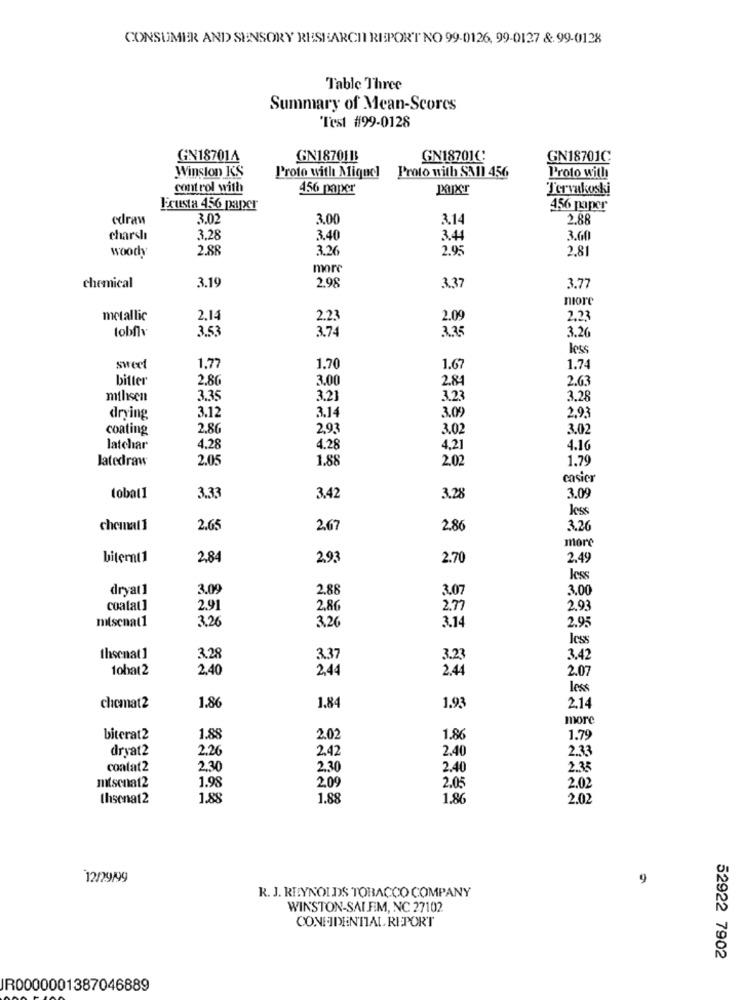
CONSUMER AND SENSORY RESEARCH REPORT NO 99-0126, 99-0127 & 99-0128
Table Three
Summary of Mean-Scores
Test #99-0128
GN187014
GN1870113
GN18701C:
GN18701C
Winston KS
Proto with Mignel
Proto with SAI1 456
Proto with
control with
456 paper
Tervakoski
Frusta 456 paper
456 paper
edraw
3.02
3.00
3.14
2.86
charshı
3,28
3.40
3.44
3.00
2.88
3.26
2.95
2,81
wooch
more
chemical
3.19
2.98
3.37
3.77
more
metallic
2,14
2.2.
2.09
2.23
tobf
3.53
3.74
3.35
3.26
less
sweet
1,77
1.70
1.67
1.74
bitter
2.80
3.00
2.84
2.63
mthisen
3.35
3.21
3.23
3.28
3.12
3.14
3.09
drying
2,93
coating
2,80
2,93
3.02
3.02
latchar
4.28
4.28
4,21
4.16
latedraw
2.05
1.88
2.02
1.79
casier
lobat1
3.33
3.42
3.28
3.09
Jess
chemal1
2.65
2.67
2.86
3.20
more
biternt1
2,84
2,93
2.70
2.49
less
dryat1
3.09
2.88
3.07
3.00
coatat]
2.91
2,86
2,77
2.93
mitsenat1
3.26
3.20
3.14
2.9:
thsenat 1
3.28
3.37
3.23
3.42
1ohat2
2.40
2.44
2.44
2.07
less
chemat2
1.86
1.84
1.93
2.14
more
biterat2
1.88
2.02
1.86
1.79
dryat2
2.26
2.42
2.40
2.33
contat2
2.30
2.30
2.40
2.35
1.98
209
2.05
mtsenat2
2.02
thsenat2
1.88
1.88
1.86
2.02
12/29/99
9
R. J. REYNOLDS TOBACCO COMPANY
WINSTON-SALEM, NC 27102
CONFIDENTIAL REPORT
52922 7902
IR0000001387046889